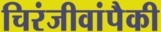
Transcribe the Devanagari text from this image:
चिरंजीवांपैकी